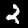
Digit: 2